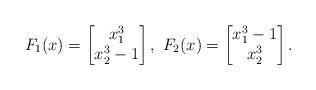
LaTeX: \begin{align*}F_1(x)=\begin{bmatrix}x_1^3\\ x_2^3-1\end{bmatrix}, \ F_2(x)=\begin{bmatrix}x_1^3-1\\ x_2^3\end{bmatrix}.\end{align*}